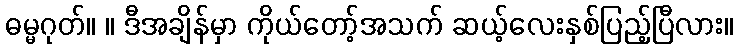
ဓမ္မဂုတ်။ ။ ဒီအချိန်မှာ ကိုယ်တော့်အသက် ဆယ့်လေးနှစ်ပြည့်ပြီလား။